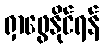
ရှာဖွေနိုင်ရန်